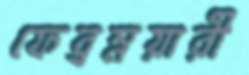
ফেব্রম্নয়ারী